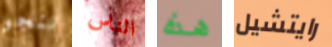
ننجو الناس هذه رايتشيل